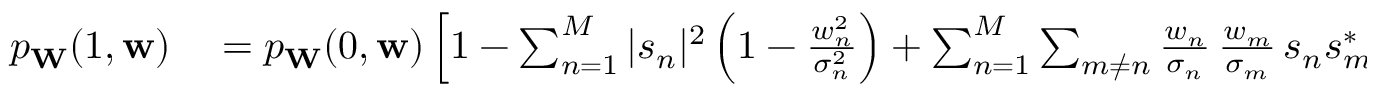
\begin{array} { r l } { p _ { \mathbf { W } } ( 1 , \mathbf { w } ) } & { { } = p _ { \mathbf { W } } ( 0 , \mathbf { w } ) \left[ 1 - \sum _ { n = 1 } ^ { M } | s _ { n } | ^ { 2 } \left( 1 - \frac { w _ { n } ^ { 2 } } { \sigma _ { n } ^ { 2 } } \right) + \sum _ { n = 1 } ^ { M } \sum _ { m \neq n } \frac { w _ { n } } { \sigma _ { n } } \, \frac { w _ { m } } { \sigma _ { m } } \, s _ { n } s _ { m } ^ { * } \right] } \end{array}